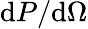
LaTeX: \mathrm{d}P/\mathrm{d}\Omega